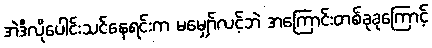
အဲဒီလိုပေါင်းသင်နေရင်းက မမျှော်လင့်ဘဲ အကြောင်းတစ်ခုခုကြောင့်